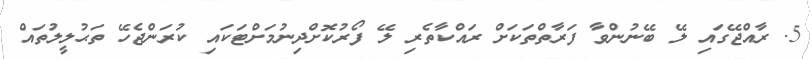
5. ރާއްޖޭގައި ލޭ ބޭނުންވާ ފަރާތްތަކަށް ރައްކާތެރި ލޭ ފޯރުކޮށްދިނުމަށްޓަކައި ކުރަންޖެހޭ ތަޙުލީލުތައް